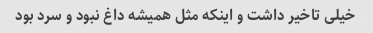
خیلی تاخیر داشت و اینکه مثل همیشه داغ نبود و سرد بود